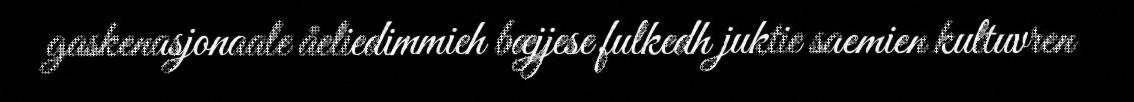
gaskenasjonaale åeliedimmieh bæjjese fulkedh juktie saemien kultuvren